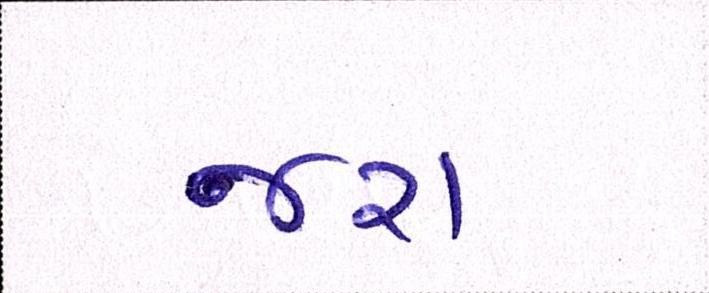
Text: જરા